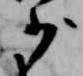
少